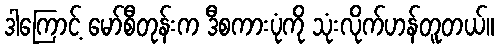
ဒါကြောင့် မော်စီတုန်းက ဒီစကားပုံကို သုံးလိုက်ဟန်တူတယ်။